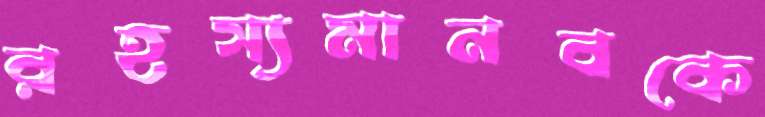
রহস্যমানবকে